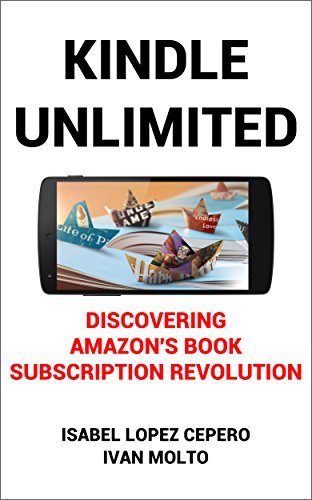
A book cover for Kindle Unlimited: Discovering Amazon's Book Subscription Revolution; Isabel Lopez Cepero; Computers & Technology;